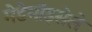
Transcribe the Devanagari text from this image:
मेडेमॉइसेले